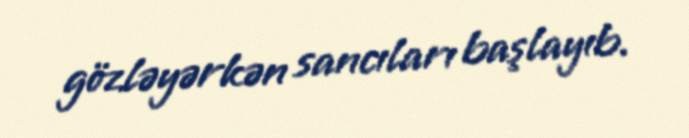
gözləyərkən sancıları başlayıb.